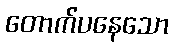
တောက်ပနေသော